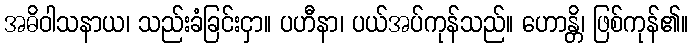
အဓိဝါသနာယ၊ သည်းခံခြင်းငှာ။ ပဟီနာ၊ ပယ်အပ်ကုန်သည်။ ဟောန္တိ၊ ဖြစ်ကုန်၏။